Indian journal of veterinary science and animal husbandry - Volume 12,
Year: 1942
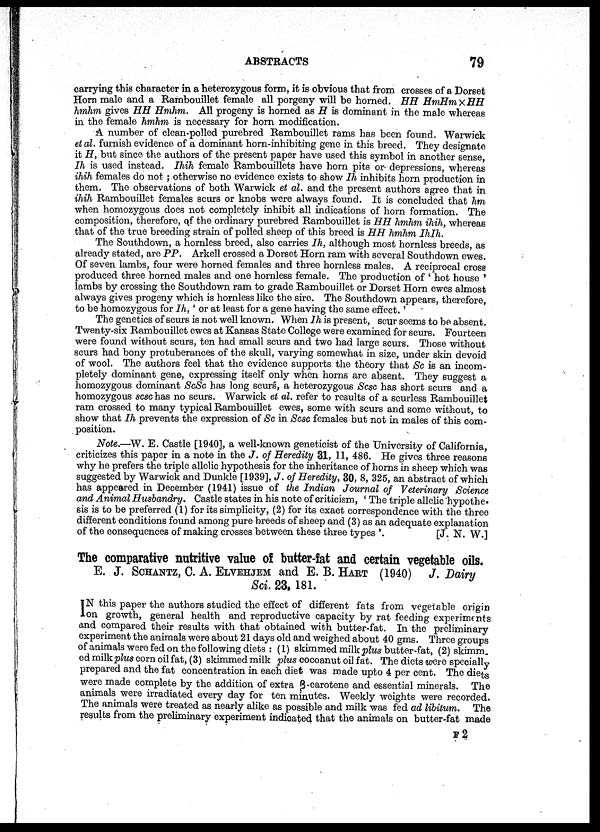
ABSTRACTS
79
carrying this character in a heterozygous form, it is obvious that from crosses of a Dorset
Horn male and a Rambouillet female all porgeny will be horned. HH HmHm × HH
hmhm gives HH Hmhm. All progeny is horned as H is dominant in the male whereas
in the female hmhm is necessary for horn modification.
A number of clean-polled purebred Rambouillet rams has been found. Warwick
et al. furnish evidence of a dominant horn-inhibiting gene in this breed. They designate
it H, but since the authors of the present paper have used this symbol in another sense,
Ih is used instead. Ihih female Rambouillets have horn pits or- depressions, whereas
ihih females do not; otherwise no evidence exists to show Ih inhibits horn production in
them. The observations of both Warwick et al. and the present authors agree that in
ihih Rambouillet females scurs or knobs were always found. It is concluded that hm
when homozygous does not completely inhibit all indications of horn formation. The
composition, therefore, of the ordinary purebred Rambouillet is HH hmhm ihih, whereas
that of the true breeding strain of polled sheep of this breed is HH hmhm IhIh.
The Southdown, a hornless breed, also carries Ih, although most hornless breeds, as
already stated, are PP. Arkell crossed a Dorset Horn ram with several Southdown ewes.
Of seven lambs, four were horned females and three hornless males. A reciprocal cross
produced three horned males and one hornless female. The production of ' hot house '
lambs by crossing the Southdown ram to grade Rambouillet or Dorset Horn ewes almost
always gives progeny which is hornless like the sire. The Southdown appears, therefore,
to be homozygous for Ih, ' or at least for a gene having the same effect.'
The genetics of scurs is not well known. When Ih is present, scur seems to be absent.
Twenty-six Rambouillet ewes at Kansas State College were examined for scurs. Fourteen
were found without scurs, ten had small scurs and two had large scurs. Those without
scurs had bony protuberances of the skull, varying somewhat in size, under skin devoid
of wool. The authors feel that the evidence supports the theory that Sc is an incom-
pletely dominant gene, expressing itself only when horns are absent. They suggest a
homozygous dominant ScSc has long scurs, a heterozygous Scsc has short scurs and a
homozygous scsc has no scurs. Warwick et al. refer to results of a scurless Rambouillet
ram crossed to many typical Rambouillet ewes, some with scurs and some without, to
show that Ih prevents the expression of Sc in Scsc females but not in males of this com-
position.
Note.—W. E. Castle [1940], a well-known geneticist of the University of California,
criticizes this paper in a note in the J. of Heredity 31, 11, 486. He gives three reasons
why he prefers the triple allelic hypothesis for the inheritance of horns in sheep which was
suggested by Warwick and Dunkle [1939], J. of Heredity, 30, 8, 325, an abstract of which
has appeared in December (1941) issue of the Indian Journal of Veterinary Science
and Animal Husbandry. Castle states in his note of criticism, ' The triple allelic hypothe¬
sis is to be preferred (1) for its simplicity, (2) for its exact correspondence with the three
different conditions found among pure breeds of sheep and (3) as an adequate explanation
of the consequences of making crosses between these three types '.
[J. N. W.]
The comparative nutritive value of butter-fat and certain vegetable oils.
E. J.SCHANTZ, C. A. ELVEHJEM and E. B. HERT (1940) J. Dairy
Sci. 23, 181.
I N this paper the authors studied the effect of different fats from vegetable origin
on growth, general health and reproductive capacity by rat feeding experiments
and compared their results with that obtained with butter-fat. In the preliminary
experiment the animals were about 21 days old and weighed about 40 gms. Three groups
of animals were fed on the following diets : (1) skimmed milk plus butter-fat, (2) skimm.
ed milk plus corn oil fat, (3) skimmed milk plus cocoanut oil fat. The diets were specially
prepared and the fat concentration in each diet was made upto 4 per cent. The diets
were made complete by the addition of extra β -carotene and essential minerals. The
animals were irradiated every day for ten minutes. Weekly weights were recorded.
The animals were treated as nearly alike as possible and milk was fed ad libitum. The
results from the preliminary experiment indicated that the animals on butter-fat made
F2